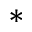
^ *